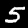
Label: 5